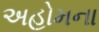
અહોમના